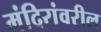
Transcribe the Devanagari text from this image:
मंदिरांवरील